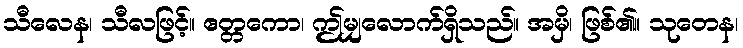
သီလေန၊ သီလဖြင့်။ ဧတ္တကော၊ ဤမျှလောက်ရှိသည်။ အမှိ၊ ဖြစ်၏။ သုတေန၊